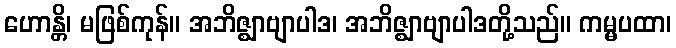
ဟောန္တိ၊ မဖြစ်ကုန်။ အဘိဇ္ဈာဗျာပါဒ၊ အဘိဇ္ဈာဗျာပါဒတို့သည်။ ကမ္မပထာ၊